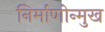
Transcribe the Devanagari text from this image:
निर्माणोन्मुख